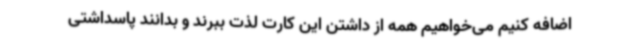
اضافه کنیم می‌خواهیم همه از داشتن این کارت لذت ببرند و بدانند پاسداشتی